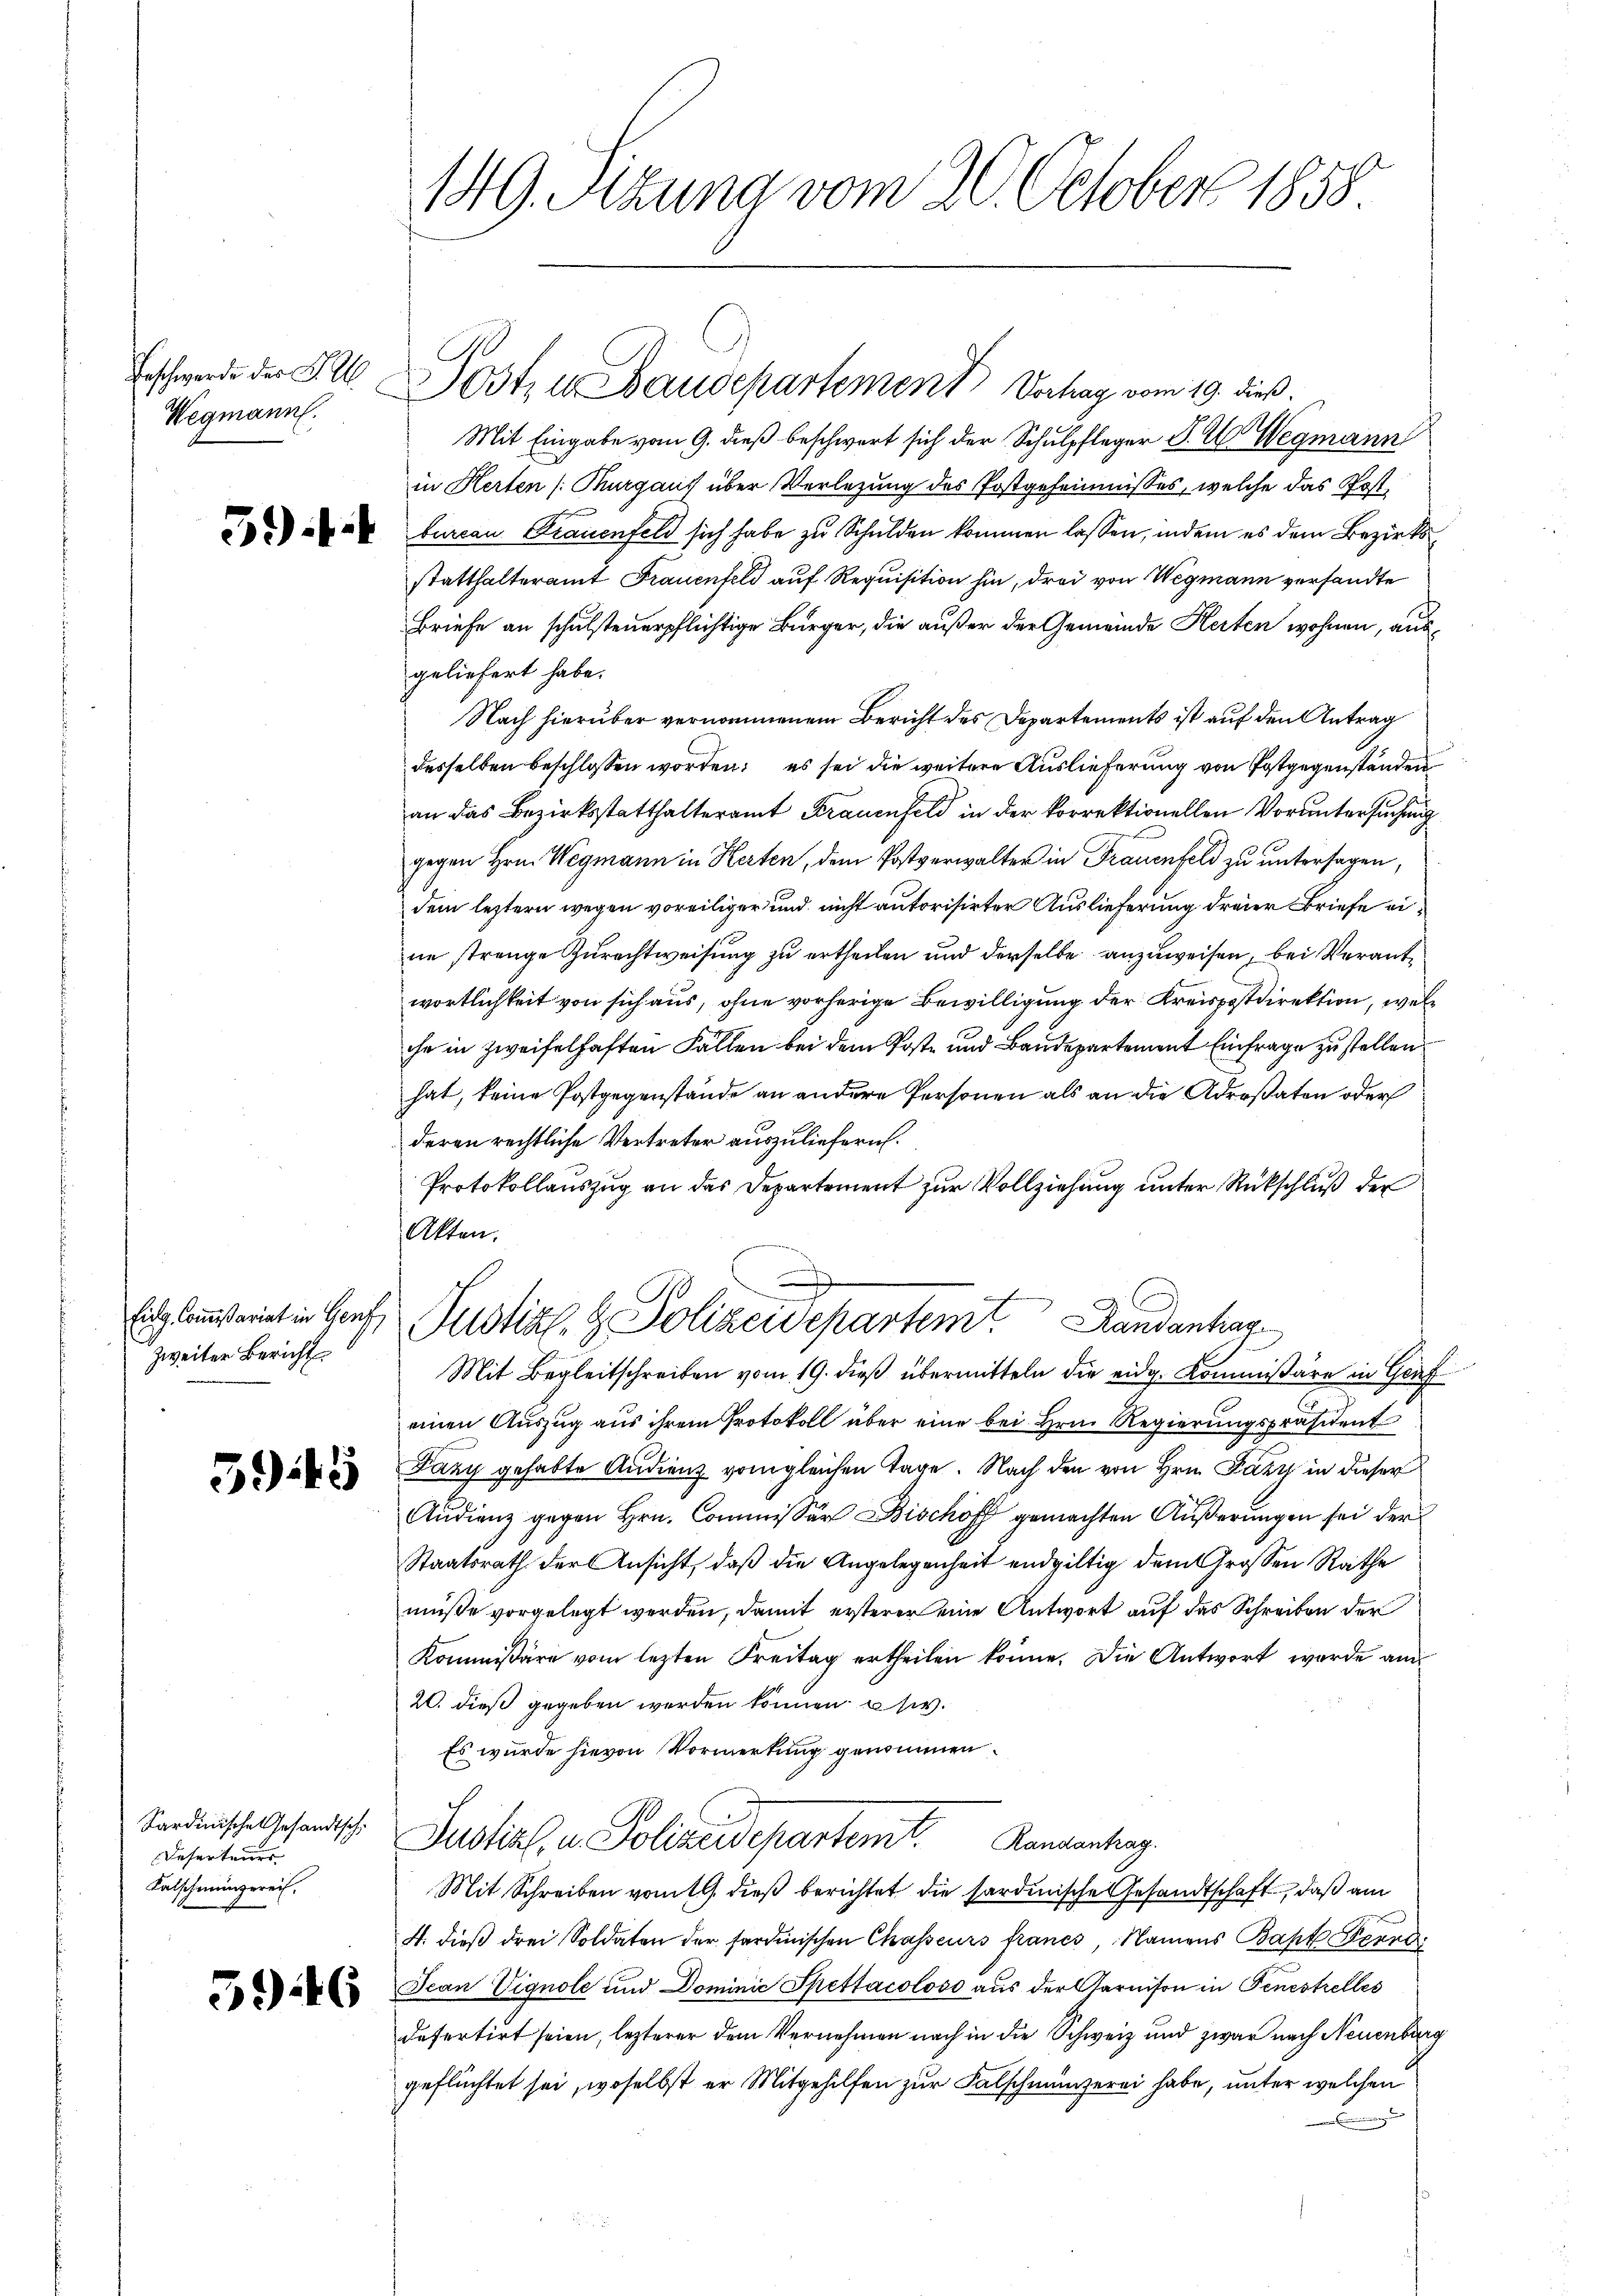
Erschwerde der K. A.
Wegmann.

3.)

Eig- Commißariat in Genf,
zweiter Bericht

5943

Sardinische Gesandtsch.
Deserteurer
Kalscheinigerei.

5946

149. Sizung vom 20. October 1858

Mit Eingabe vom 9. dieß beschwert sich der Schulpfleger P. C. Wegmann
in Herten (Kurgaus über Verlegung des Postgeheimnisses, welche das Postbureau Frauenfeld sich habe zu Schulden kommen lassen, indem es dem Bezirksstatthalteramt Frauenfeld auf Requisition hin, drei von Wegmann versandte
Briefe an schulsteuerpflichtige Bürger, die außer der Gemeinde Herten wohnen, ausgeliefert habe.
Nach hierüber vernommenem Bericht des Departements ist auf den Antrag
desselben beschlossen worden; es sei die weitere Auslieferung von Postgegenständen
an das Bezirksstatthalteramt Frauenfeld in der korrektionellen Voruntersuchung
gegen Hrn. Wegmann in Herten, dem Postverwalter in Frauenfeld zu untersagen,
dem leztern wegen voreiliger und nicht autorisirter Auslieferung dreier Briefe eine strenge Zurechtweisung zu ertheilen und derselbe anzuweisen, bei Verantwortlichkeit von sich aus, ohne vorherige Bewilligung der Kreispostdirektion, wel
che in zweifelhaften Fallen bei dem Poste und Baudepartement Einfrage zu stellen.
hat, keine Postgegenstände an andere Personen als an die Adresaten oder
deren rechtliche Vertreter auszuliefern.
Protokollauszug an das Departement zur Vollziehung unter Rückschluß der
Alten.
Pustiz- & Polizeidepartem Randantrag
Mit Begleitschreiben vom 19. dieß übermitteln die eidg. Kommissäre in Graf
einen Auszug aus ihrem Protokoll über eine bei Hrn. Regierungspräsident
Fany gehabte Audienz vom gleichen Tage. Nach den von Hrn. Fazy in dieser
Audienz gegen Hrn. Commissärs Bischoff gemachten Äußerungen sei der
Staatsrath der Ansicht, daß die Angelegenheit endgültig dem Grossen Rathe
müße vorgelegt werden, damit ersterer eine Antwort auf das Schreiben der
Kommissäre vom lezten Freitag ertheilen könne. Die Antwort wurde am
20. dieß gegeben werden können sic
Es wurde hievon Vormerkung genommen.
Justiz, u. Polizeidepartemt. Romantrag
Mit Schreiben vom 19. dieß berichtet die sardinische Gesandtschaft, daß am
4. dieβ drei Soldaten der sardinischen Chasseurs francs Namens Bapt Ferne
Jean Vignole und Dominić Spettacoloss aus der Garnison in Fenestrelles
defertirt seien, lezterer dem Vernehmen nach in die Schweiz und zwar nach Neuenburg
geflüchtet sei, woselbst er Mitgehilfen zur Falschmunzerei habe, unter welchen

Post u Baudepartement Verhag vom 19. dieß.